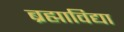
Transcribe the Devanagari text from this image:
ब्रह्माविद्या